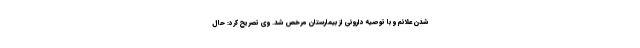
شدن علائم و با توصیه داروئی از بیمارستان مرخص شد. وی تصریح کرد: حال